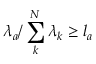
\lambda _ { a } / \sum _ { k } ^ { N } \lambda _ { k } \geq l _ { a }